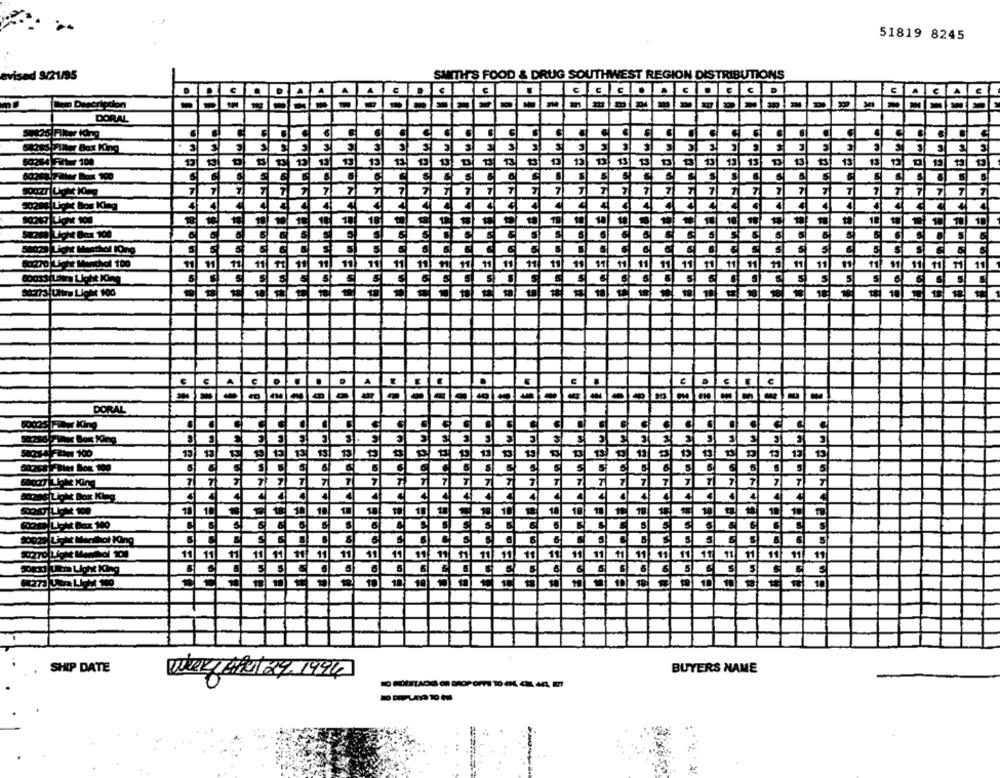
51819 8245
evisad 3/21/95
SMITH'S FOOD & DRUG SOUTHWEST REGION DISTRIBUTIONS
C
€
C
E
A
A
Ben Description
-
DORAL
SASS FIANT Box King
3
3
3
50284 Fitur 100
13
12
13
13
13
13
13
15
13
13
13
13
19
13
13
S
5
S
S
S
B
T
7
71
7
7
7
7
7
7
7
7
7
7
7
7
7
7
7
50294|Light Box King
4
4
4
4
4
4
4
4
4
4
4
4
4
18
10
10 0
18
18
1
5
S
S
S
5
S
S
5
S
Su211 Light Box 100
5
S
S
5
5
5
S
S
S
5
5
S
5
50028 Light Masthol Ong
81770 Light Menthol 100
11 11
11
11
ft 11
11
11
11
11
11
11
11
11
11
11
11
11
11
11
.11
11
11
11
11
11
11
11
11
$1
11
11
11
S
S
5
5
S
S
S
S
S
5
S
S
S
5
50773|Ultra Light 100
01
D
U
E
C
1
-
-
DORAL
3
Tur Bos King
S
3
11
15
13 13
19
13
15
13
13
13
13
13
S
61
5
5
S
5
S
5
5
5
71
7
7
7
T
7
7
7
7
T
80206 Light Box King
4
4
4
4
4
4
4
SOORTILICHE 100
10
18
18
10
10
18
10
FOR LICH Box 100
S
S
S
5
S
S
10021 Licht Menthol King
S
S
5
5
5
11 11
11
11
11
11
11
11
11
11 1
11
11
11
11 11
11
11
11
11
5
S
5
5
S
5
10
10
19
SHIP DATE
BUYERS NAME
Wie Bel 29. 1994